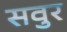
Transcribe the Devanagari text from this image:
सवुर